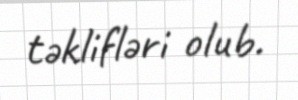
təklifləri olub.